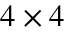
4 \times 4